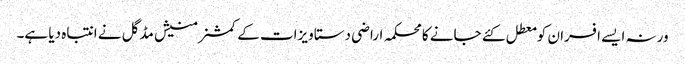
ورنہ ایسے افسران کو معطل کئے جانے کا محکمہ اراضی دستاویزات کے کمشنر منیش مڈگل نے انتباہ دیا ہے۔